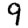
Digit: 9